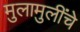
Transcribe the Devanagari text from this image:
मुलामुलींचे